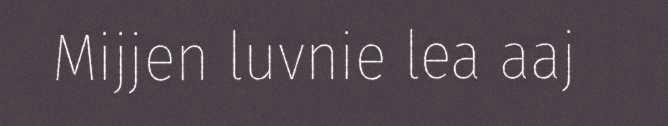
Mijjen luvnie lea aaj